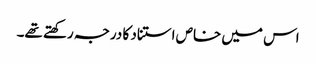
اس میں خاص استناد کا درجہ رکھتے تھے۔